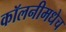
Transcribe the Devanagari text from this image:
कॉलनीमधेच